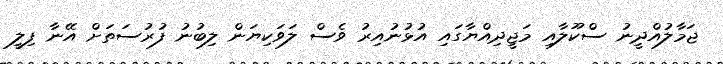
ޖަމާލުއްދީނު ސްކޫލާއި މަޖީދިއްޔާގައި އުޅުނުއިރު ވެސް ލަވަކިޔަން ލިބުނު ފުރުސަތަށް އޭނާ ފިލީ